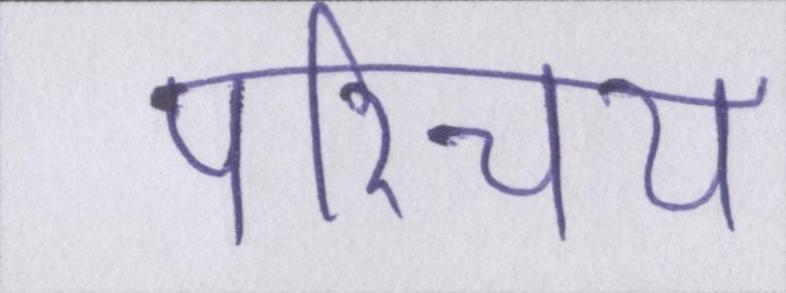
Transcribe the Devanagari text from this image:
परिचय